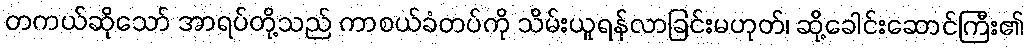
တကယ်ဆိုသော် အာရပ်တို့သည် ကာစယ်ခံတပ်ကို သိမ်းယူရန်လာခြင်းမဟုတ်၊ ဆို့ခေါင်းဆောင်ကြီး၏